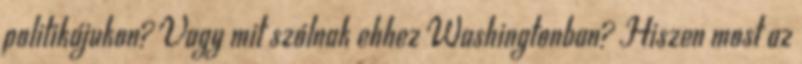
politikájukon? Vagy mit szólnak ehhez Washingtonban? Hiszen most az